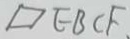
\square E B C F .